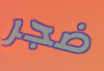
ضجر